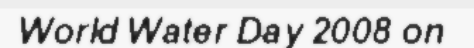
World Water Day 2008 on